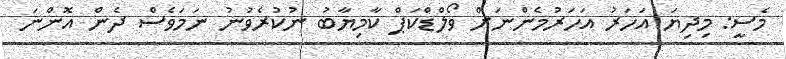
މެސީ: މިދިޔަ އަހަރު އަހަރުމެންނަށް ވޯލްޑްކަޕް ކާމިޔާބު ނުުކުރެވުނު ނަމަވެސް ދެން އޮންނަ